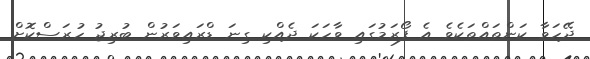
ދޭހަވާ ކަންތައްތަކެވެ އެ ފޯރަމުގައި ވާހަކަ ދެއްކި ގިނަ ޑްރައިވަރުން ބުރިޖު ހުރަސްކޮށް